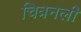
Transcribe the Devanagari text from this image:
चित्रनली